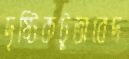
দৃষ্টিকটুঅবেদ